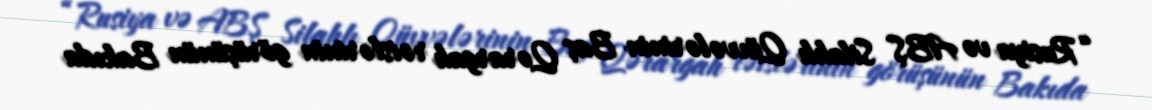
“Rusiya və ABŞ Silahlı Qüvvələrinin Baş Qərargah rəislərinin görüşünün Bakıda